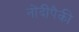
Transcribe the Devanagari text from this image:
नोंदींपैकी